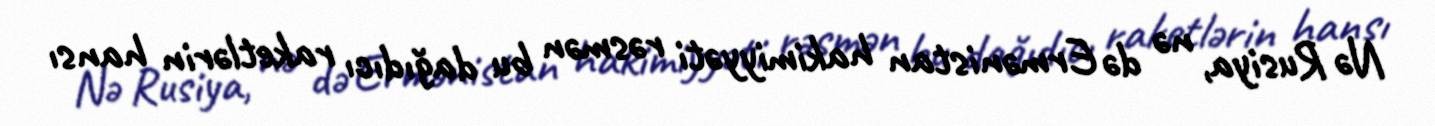
Nə Rusiya, nə də Ermənistan hakimiyyəti rəsmən bu dağıdıcı raketlərin hansı